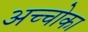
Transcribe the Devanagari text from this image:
अच्चोका